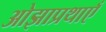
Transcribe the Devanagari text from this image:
ओझाप्रथाएँ